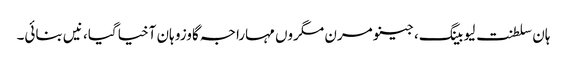
ہان سلطنت لیو بینگ، جینو مرن مگروں مہاراجہ گاوزو ہان آخیا گیا، نیں بنائی۔